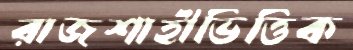
রাজশাহীভিত্তিক